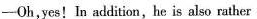
-Oh,yes! In addition, he is also rather